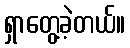
ရှာတွေ့ခဲ့တယ်။